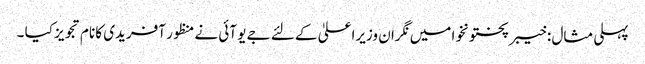
پہلی مثال : خیبر پختونخوا میں نگران وزیراعلیٰ کے لئے جے یو آئی نے منظور آفریدی کا نام تجویز کیا ۔